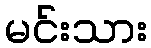
မင်းသား